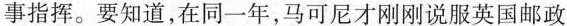
事指挥。要知道，在同一年，马可尼才刚刚说服英国邮政